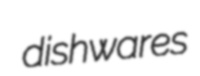
dishwares